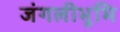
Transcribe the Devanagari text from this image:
जंगलीभूमि